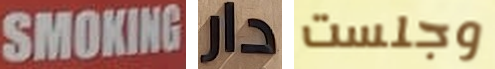
SMOKING دار وجلست